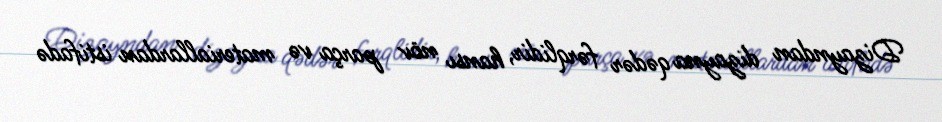
Dizayndan dizayna qədər fərqlidir, hansı növ parça və materiallardan istifadə